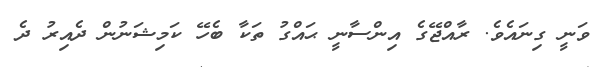
ވަނީ ގިނައެވެ. ރާއްޖޭގެ އިންސާނީ ޙައްގު ތަކާ ބެހޭ ކަމިޝަނުން ދެއިރު ދެ